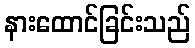
နားထောင်ခြင်းသည်